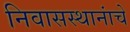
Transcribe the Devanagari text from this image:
निवासस्थानांचे